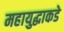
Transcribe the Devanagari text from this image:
महायुद्धाकडे